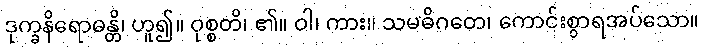
ဒုက္ခနိရောဓန္တိ၊ ဟူ၍။ ဝုစ္စတိ၊ ၏။ ဝါ၊ ကား။ သမဓိဂတေ၊ ကောင်းစွာရအပ်သော။